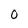
Character: 0